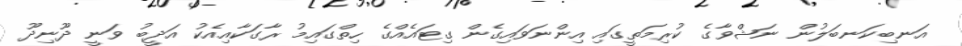
އަނބިކަނބަލުން ނަޝްވާގެ ކުރިމަތީގައި އިންނަވައިގެން ގިޓައެއްގެ ހިތްގައިމު ރާގަކާއިއެކު އަދީބު ވަނީ ދޫނިދޫ